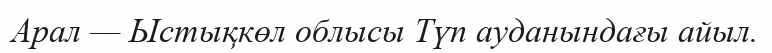
Арал — Ыстықкөл облысы Түп ауданындағы айыл.